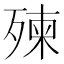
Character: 㱫